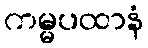
ကမ္မပထာနံ